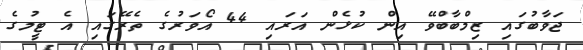
ޖަވާބުގައި ޒިމްބާބްވޭ އިން ކުޅެން އަރައި 44 އޯވަރުގެ ތެރޭގައި އެ ޓީމުގެ